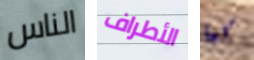
الناس الأطراف كما